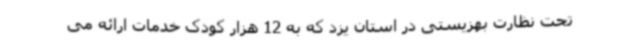
تحت نظارت بهزیستی در استان یزد که به 12 هزار کودک خدمات ارائه می‌